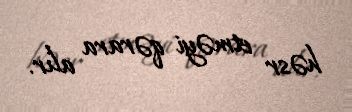
həsr etməyi qərara alır.